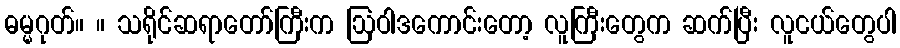
ဓမ္မဂုတ်။ ။ သရိုင်ဆရာတော်ကြီးက ဩဝါဒကောင်းတော့ လူကြီးတွေက ဆက်ပြီး လူငယ်တွေပါ